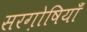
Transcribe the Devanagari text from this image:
सरग़ोषियाँ